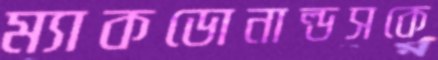
ম্যাকডোনাল্ডসকে